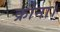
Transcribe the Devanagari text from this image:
क्रोना।